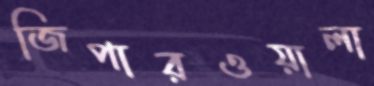
জিপারওয়ালা